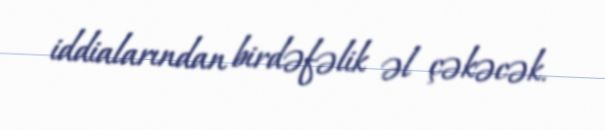
iddialarından birdəfəlik əl çəkəcək.